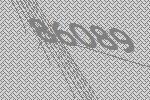
86089